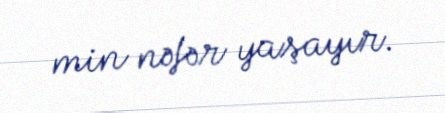
min nəfər yaşayır.